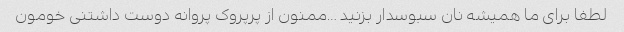
لطفا برای ما همیشه نان سبوسدار بزنید …ممنون از پرپروک پروانه دوست داشتنی خومون